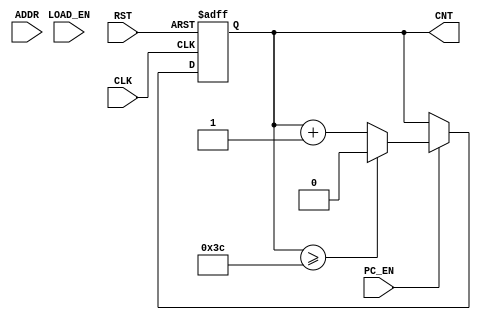
`timescale 1ns / 1ps
//////////////////////////////////////////////////////////////////////////////////
// Company: 
// 
// Design Name: 
// Module Name: PC
// Project Name: RISC_V Processor
// Target Devices: 
// Tool Versions: 
// Description: this is the program counter that specifies the memory location in ROM and RAM
// 
// Dependencies: 
// 
// Revision:
// Revision 0.01 - File Created
// Additional Comments:
// 
//////////////////////////////////////////////////////////////////////////////////


module PC(
    CNT, LOAD_EN, PC_EN, ADDR, CLK, RST
    );
    parameter SIZE =1;
    input LOAD_EN, PC_EN, CLK, RST;
    input [SIZE-1:0] ADDR;
    output reg [SIZE-1:0] CNT;
    
    always @(posedge CLK or negedge RST) begin
        if(!RST) CNT <= 5'b0;
        else begin
            if(PC_EN) begin
                if(LOAD_EN) begin
                    if(CNT==7) CNT <= ADDR;
                    else begin
                        if(CNT >= 60) CNT <= 5'b0;
                        else CNT <= CNT +1;
                    end
                end
                else begin
                    if (CNT >= 60) CNT <= 5'b0;
                    else CNT <= CNT+1;
                end
            end
            else CNT <= CNT;
        end
    end
endmodule